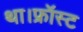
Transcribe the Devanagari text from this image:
था।फ्रॉस्ट